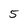
Character: 5